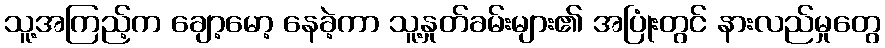
သူ့အကြည့်က ချော့မော့ နေခဲ့ကာ သူ့နှုတ်ခမ်းများ၏ အပြုံးတွင် နားလည်မှုတွေ